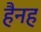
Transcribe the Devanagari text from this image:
हैनह